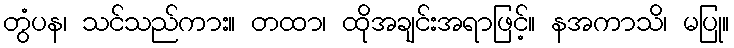
တွံပန၊ သင်သည်ကား။ တထာ၊ ထိုအချင်းအရာဖြင့်။ နအကာသိ၊ မပြု။